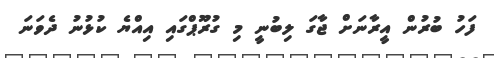
ފަހު ބުރުން އީރާނަށް ޖާގަ ލިބުނީ މި ގުރޫޕްގައި އިއްޔެ ކުޅުނު ދެވަނަ